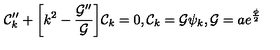
{ \cal C } _ { k } ^ { \prime \prime } + \biggl [ k ^ { 2 } - \frac { { \cal G } ^ { \prime \prime } } { { \cal G } } \biggr ] { \cal C } _ { k } = 0 , { \cal C } _ { k } = { \cal G } \psi _ { k } , { \cal G } = a e ^ { \frac { \phi } { 2 } }